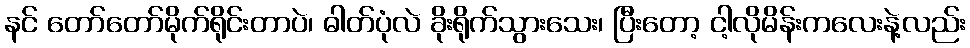
နင် တော်တော်မိုက်ရိုင်းတာပဲ၊ ဓါတ်ပုံလဲ ခိုးရိုက်သွားသေး၊ ပြီးတော့ ငါ့လိုမိန်းကလေးနဲ့လည်း